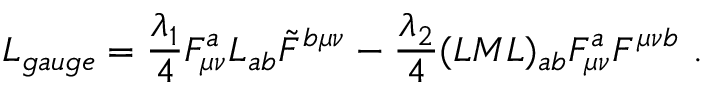
L _ { g a u g e } = { \frac { \lambda _ { 1 } } { 4 } } F _ { \mu \nu } ^ { a } L _ { a b } \tilde { F } ^ { b \mu \nu } - { \frac { \lambda _ { 2 } } { 4 } } ( L M L ) _ { a b } F _ { \mu \nu } ^ { a } F ^ { \mu \nu b } { } ~ .